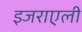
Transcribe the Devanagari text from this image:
इजराएली